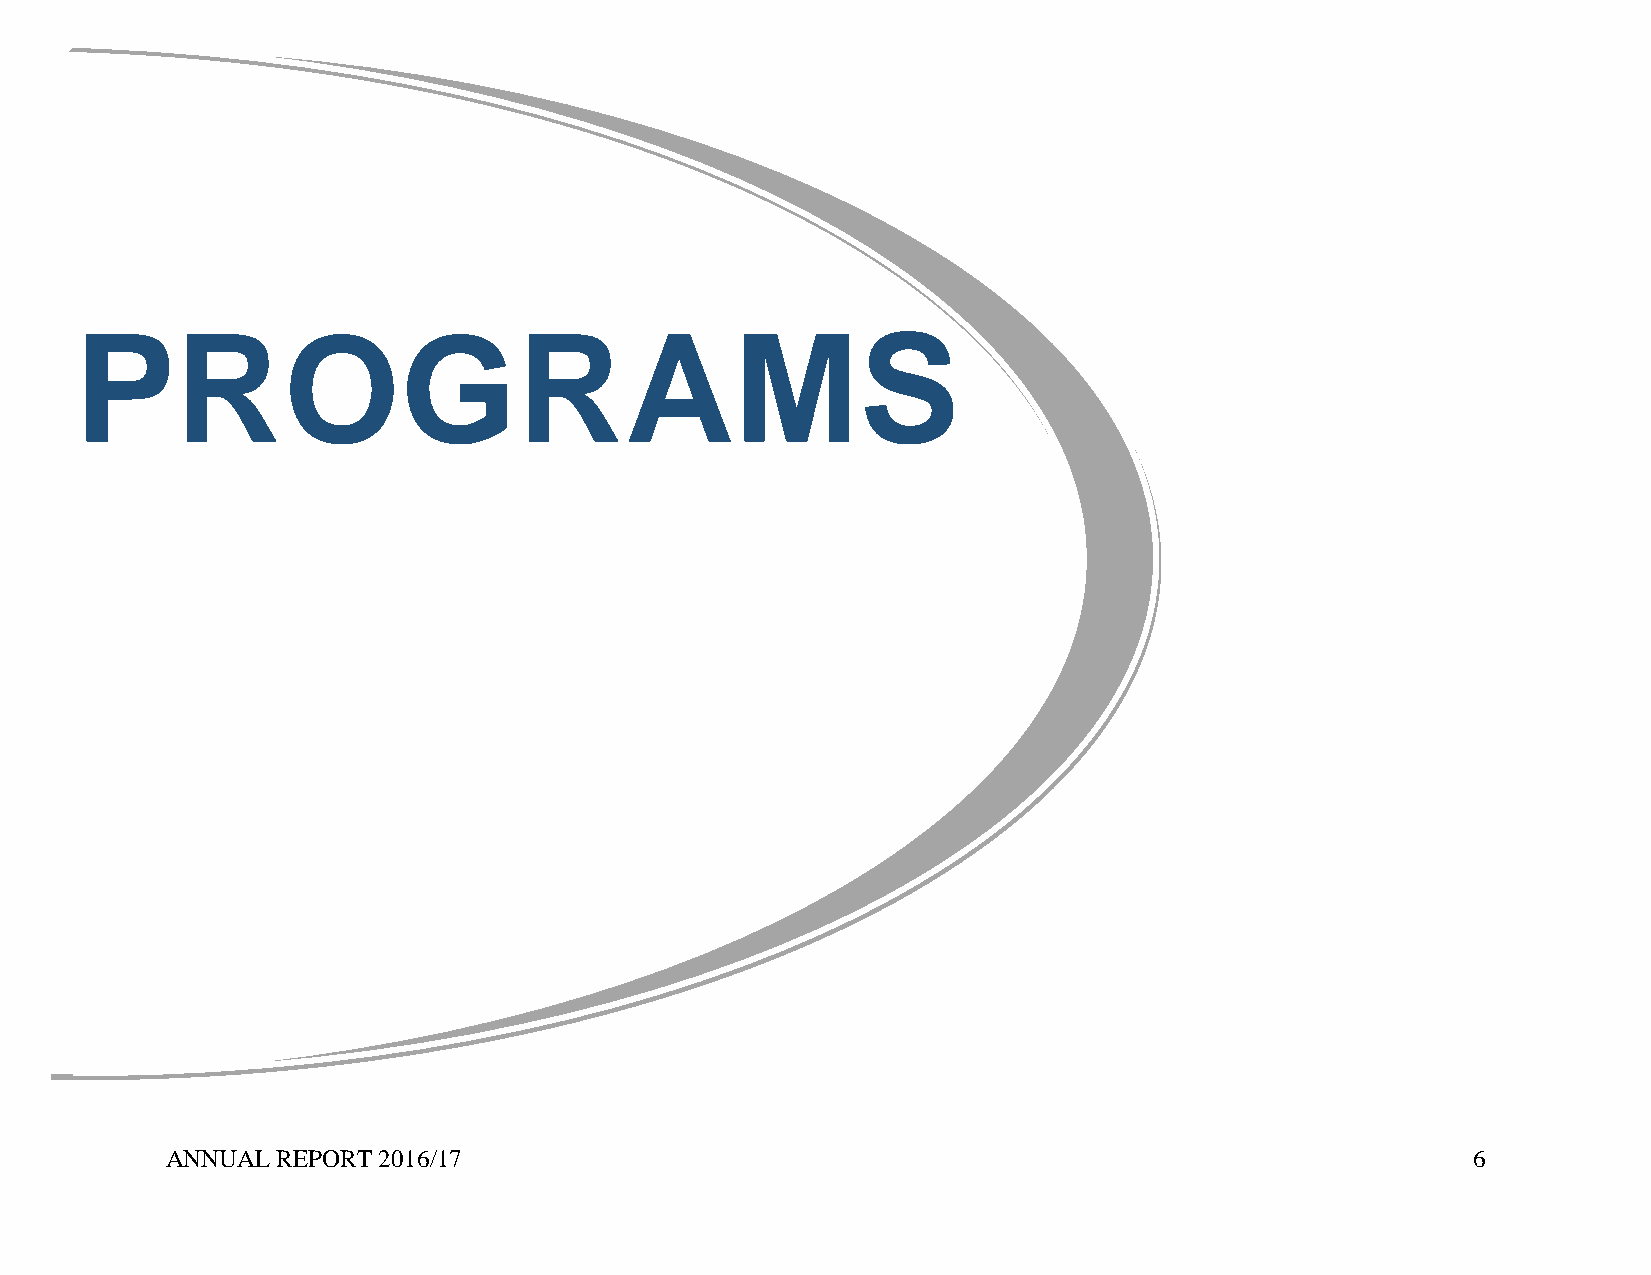
PROGRAMS
 ANNUAL REPORT 2016/17                                                                 6